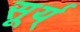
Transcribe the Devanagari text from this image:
सूर्य्